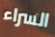
السراء